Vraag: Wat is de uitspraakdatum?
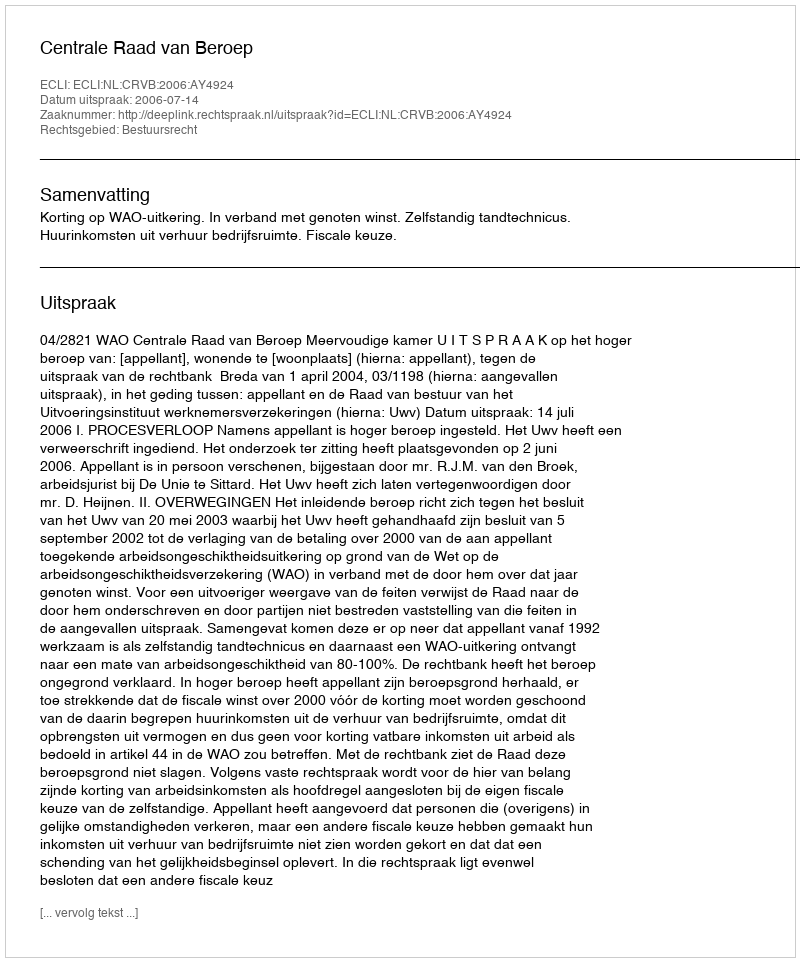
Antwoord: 2006-07-14